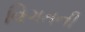
વિગતની